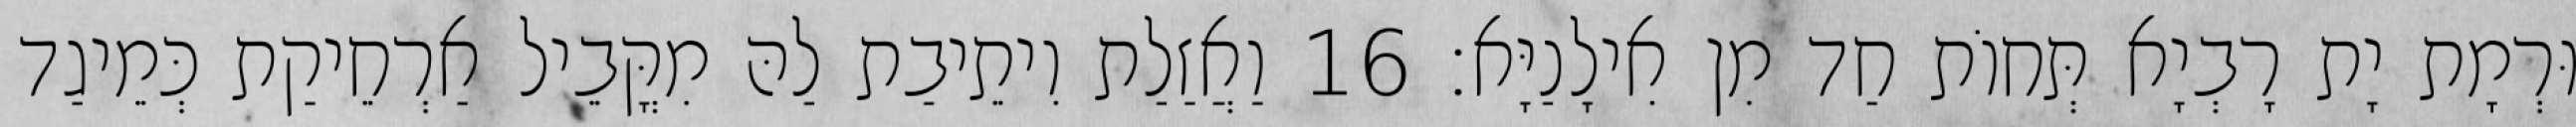
וּרְמָת יָת רָבְיָא תְּחוֹת חַד מִן אִילָנַיָּא׃ 16 וַאֲזַלַת וִיתֵיבַת לַהּ מִקֳּבֵיל אַרְחֵיקַת כְּמֵיגַד